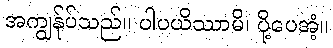
အကျွန်ုပ်သည်။ ပါပယိဿာမိ၊ ပို့ပေအံ့။